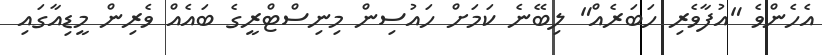
އެހެންވެ "އުފާވެރި ހަބަރެއް" ލިބޭނެ ކަމަށް ހައުސިން މިނިސްޓްރީގެ ބައެއް ވެރިން މީޑިއާގައި